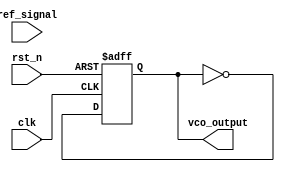
module DPLL (
    input wire clk,               // System clock
    input wire rst_n,             // Active low reset
    input wire ref_signal,        // Reference input signal
    output reg vco_output         // VCO output signal
);

// Parameters
parameter FILTER_ORDER = 4;     // Order of the filter
parameter COEFF_WIDTH = 8;       // Width of the filter coefficients
parameter ERROR_WIDTH = 8;        // Width of the error signal

// Internal signals
reg [ERROR_WIDTH-1:0] phase_error; // Phase error signal
reg [ERROR_WIDTH-1:0] filter_output; // Output of the loop filter
reg [COEFF_WIDTH-1:0] filter_coeffs [0:FILTER_ORDER-1]; // Filter coefficients
reg [ERROR_WIDTH-1:0] error_memory [0:FILTER_ORDER-1]; // Memory for past errors
reg [3:0] vco_control;             // Control signal for VCO

// Initialize filter coefficients (example values)
initial begin
    filter_coeffs[0] = 8'd1;  // Coefficient for current error
    filter_coeffs[1] = 8'd1;  // Coefficient for previous error
    filter_coeffs[2] = 8'd0;  // Coefficient for older error
    filter_coeffs[3] = 8'd0;  // Coefficient for even older error
end

// Phase Detector
always @(posedge clk or negedge rst_n) begin
    if (!rst_n) begin
        phase_error <= 0;
    end else begin
        // Simple phase comparison logic (example)
        phase_error <= ref_signal ^ vco_output; // XOR for phase error
    end
end

// Loop Filter
always @(posedge clk or negedge rst_n) begin
    if (!rst_n) begin
        filter_output <= 0;
        error_memory[0] <= 0;
        error_memory[1] <= 0;
        error_memory[2] <= 0;
        error_memory[3] <= 0;
    end else begin
        // Shift error memory
        error_memory[3] <= error_memory[2];
        error_memory[2] <= error_memory[1];
        error_memory[1] <= error_memory[0];
        error_memory[0] <= phase_error;

        // Calculate filter output (simple FIR filter)
        filter_output <= (filter_coeffs[0] * error_memory[0]) +
                         (filter_coeffs[1] * error_memory[1]) +
                         (filter_coeffs[2] * error_memory[2]) +
                         (filter_coeffs[3] * error_memory[3]);
    end
end

// Voltage-Controlled Oscillator (VCO)
always @(posedge clk or negedge rst_n) begin
    if (!rst_n) begin
        vco_control <= 0;
        vco_output <= 0;
    end else begin
        // Control VCO based on filter output (example)
        vco_control <= filter_output[3:0]; // Use lower bits for control
        vco_output <= ~vco_output; // Toggle output for demonstration
    end
end

endmodule